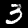
Label: 3